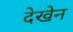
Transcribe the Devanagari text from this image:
देखेन